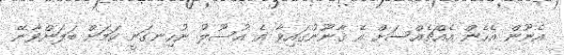
އެނޫން އެހެން އެއްޗެއްސަށް އެ ޤާނޫނުގައިވާ އެ އުސޫލު ނުހިނގަނީ ކަމަށް ބަލަންވާނޭ